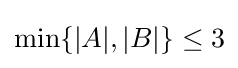
\min\{|A|,|B|\}\leq 3